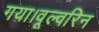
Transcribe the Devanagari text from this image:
गया।वूल्वरिन